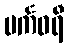
ပင်္ကဓရီ